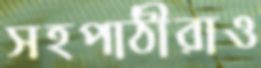
সহপাঠীরাও